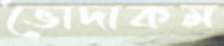
ভোদাকম